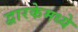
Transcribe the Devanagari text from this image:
द्वारकेमध्ये